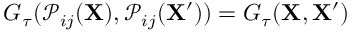
G _ { \tau } ( \mathcal { P } _ { i j } ( \mathbf { X } ) , \mathcal { P } _ { i j } ( \mathbf { X } ^ { \prime } ) ) = G _ { \tau } ( \mathbf { X } , \mathbf { X } ^ { \prime } )